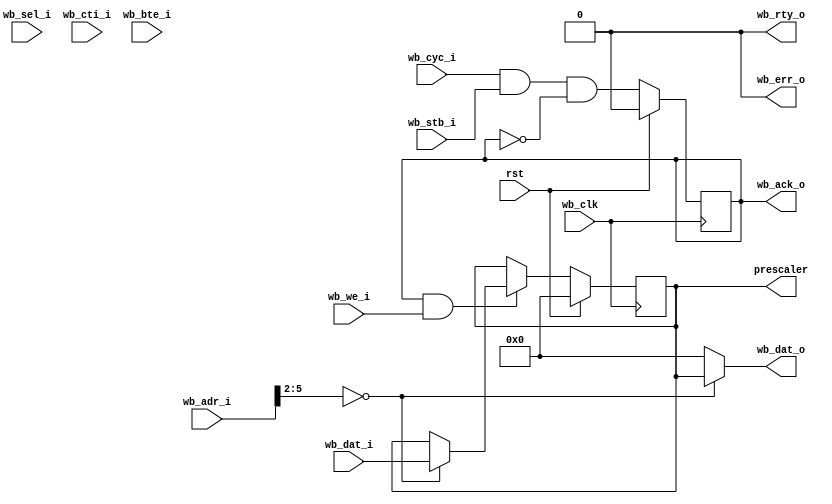
/*
 * Copyright (c) 2014, Stefan Kristiansson <stefan.kristiansson@saunalahti.fi>
 * All rights reserved.
 *
 * Redistribution and use in source and non-source forms, with or without
 * modification, are permitted provided that the following conditions are met:
 *     * Redistributions of source code must retain the above copyright
 *       notice, this list of conditions and the following disclaimer.
 *     * Redistributions in non-source form must reproduce the above copyright
 *       notice, this list of conditions and the following disclaimer in the
 *       documentation and/or other materials provided with the distribution.
 *
 * THIS WORK IS PROVIDED BY THE COPYRIGHT HOLDERS AND CONTRIBUTORS "AS IS"
 * AND ANY EXPRESS OR IMPLIED WARRANTIES, INCLUDING, BUT NOT LIMITED TO,
 * THE IMPLIED WARRANTIES OF MERCHANTABILITY AND FITNESS FOR A PARTICULAR
 * PURPOSE ARE DISCLAIMED. IN NO EVENT SHALL THE COPYRIGHT HOLDER OR
 * CONTRIBUTORS BE LIABLE FOR ANY DIRECT, INDIRECT, INCIDENTAL, SPECIAL,
 * EXEMPLARY, OR CONSEQUENTIAL DAMAGES (INCLUDING, BUT NOT LIMITED TO,
 * PROCUREMENT OF SUBSTITUTE GOODS OR SERVICES;
 * LOSS OF USE, DATA, OR PROFITS; OR BUSINESS INTERRUPTION) HOWEVER CAUSED AND
 * ON ANY THEORY OF LIABILITY, WHETHER IN CONTRACT, STRICT LIABILITY, OR TORT
 * (INCLUDING NEGLIGENCE OR OTHERWISE) ARISING IN ANY WAY OUT OF THE USE OF THIS
 * WORK, EVEN IF ADVISED OF THE POSSIBILITY OF SUCH DAMAGE.
 */

module i2s_wb_if #(
	parameter WB_AW = 32,
	parameter WB_DW = 32
)(
	input			rst,
	input			wb_clk,

	input [WB_AW-1:0]	wb_adr_i,
	input [WB_DW-1:0]	wb_dat_i,
	input [WB_DW/8-1:0]	wb_sel_i,
	input			wb_we_i ,
	input			wb_cyc_i,
	input			wb_stb_i,
	input [2:0]		wb_cti_i,
	input [1:0]		wb_bte_i,
	output [WB_DW-1:0]	wb_dat_o,
	output reg		wb_ack_o,
	output			wb_err_o,
	output			wb_rty_o,

	output reg [WB_DW-1:0]	prescaler
);

assign wb_err_o = 0;
assign wb_rty_o = 0;
assign wb_dat_o = wb_adr_i[5:2] == 0 ? prescaler : 0;

always @(posedge wb_clk) begin
	if (wb_ack_o & wb_we_i) begin
		case (wb_adr_i[5:2])
			0: prescaler <= wb_dat_i;
		endcase
	end

	if (rst)
		prescaler <= 0;
end

always @(posedge wb_clk)
	if (rst)
		wb_ack_o <= 0;
	else
		wb_ack_o <= wb_cyc_i & wb_stb_i & !wb_ack_o;

endmodule